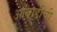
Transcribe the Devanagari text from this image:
आंबाडीची